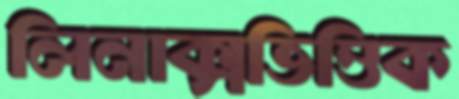
লিনাক্সভিত্তিক